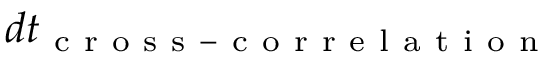
d t _ { \mathrm { ~ c ~ r ~ o ~ s ~ s ~ - ~ c ~ o ~ r ~ r ~ e ~ l ~ a ~ t ~ i ~ o ~ n ~ } }